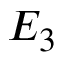
E _ { 3 }